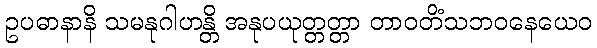
ဥပဓာနာနိ သမနုဂါဟန္တိ အနုပယုတ္တတ္တာ တာဝတိံသဘဝနေယေဝ